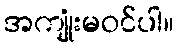
အကျုံးမဝင်ပါ။